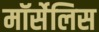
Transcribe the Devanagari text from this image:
मॉर्सेलिस